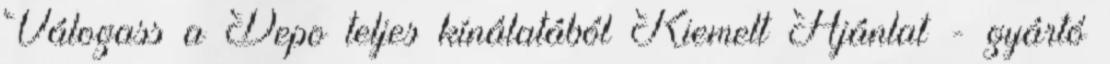
Válogass a Depo teljes kínálatából Kiemelt Ajánlat - gyártó